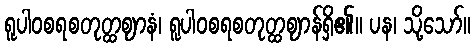
ရူပါဝစရစတုတ္ထဈာနံ၊ ရူပါဝစရစတုတ္ထဈာန်ရှိ၏။ ပန၊ သို့သော်။